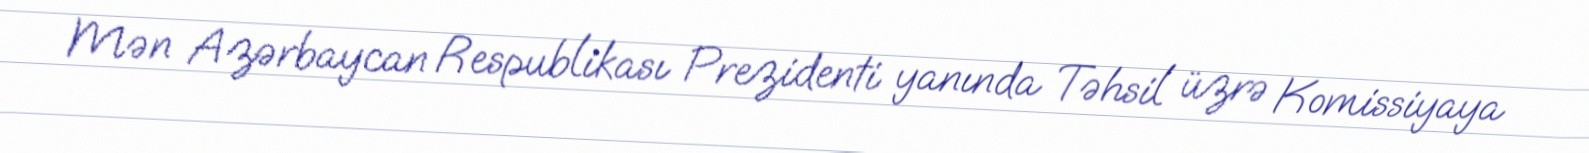
Mən Azərbaycan Respublikası Prezidenti yanında Təhsil üzrə Komissiyaya